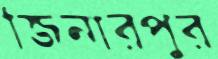
জিনারপুর